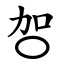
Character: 㔔